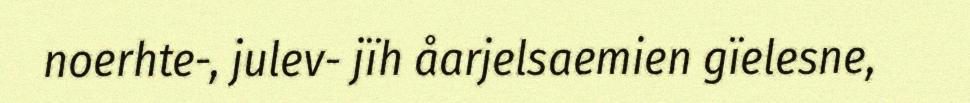
noerhte-, julev- jïh åarjelsaemien gïelesne,